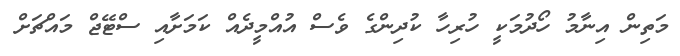
މަތިން އިނާމު ހޯދުމަކީ ހުރިހާ ކުދިންގެ ވެސް އުއްމީދެއް ކަމަށާއި ސްޓޭޖް މައްޗަށް